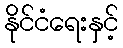
နိုင်ငံရေးနှင့်